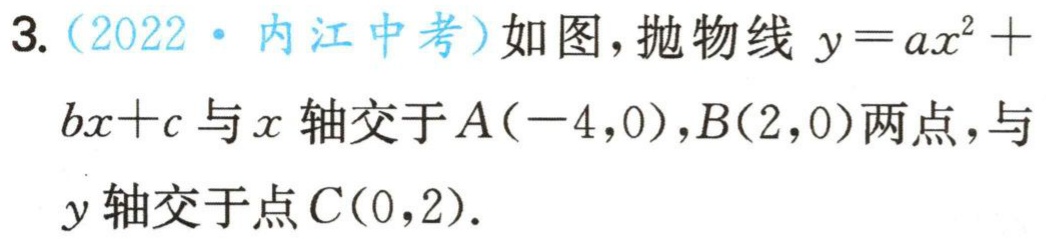
3.（2022·内江中考）如图，抛物线\(y = ax^{2}+bx + c\)与\(x\)轴交于\(A(-4,0)\)，\(B(2,0)\)两点，与\(y\)轴交于点\(C(0,2)\).